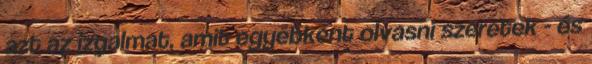
azt az izgalmat, amit egyébként olvasni szeretek - és